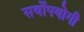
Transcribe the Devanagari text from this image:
सर्वोपयोगी